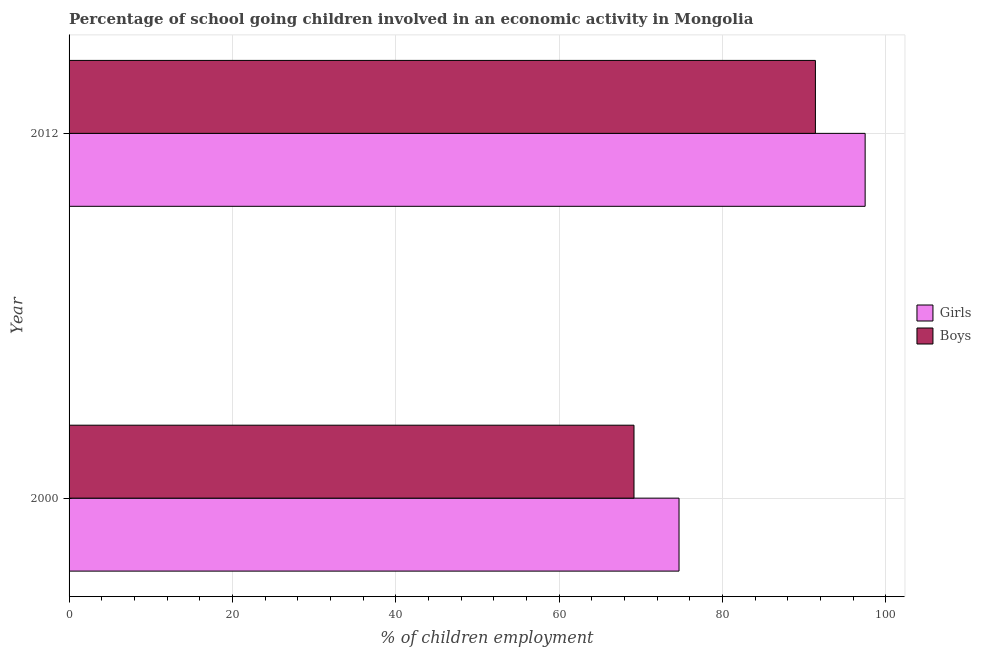
| Year | Girls | Boys |
 | --- | --- | --- |
 | 2000 | 74.7 | 69.2 |
 | 2012 | 97.5 | 91.4 |